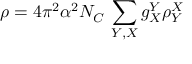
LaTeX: \rho = 4 \pi ^ { 2 } \alpha ^ { 2 } N _ { C } \, \sum _ { Y , X } g _ { X } ^ { Y } \rho _ { Y } ^ { X }